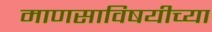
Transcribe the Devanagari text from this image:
माणसाविषयीच्या